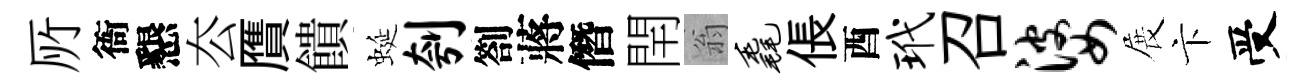
𠩄衙懇厺贋饋蜒刳劄蔣僭閈翁毳倀酉玳召婆展卞受